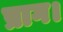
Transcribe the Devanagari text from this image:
प्राग।